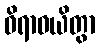
ဝိရာဓယိတွာ